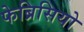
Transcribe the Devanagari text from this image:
फेब्रिसियो